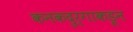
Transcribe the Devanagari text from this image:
कनकदुर्गाकडून